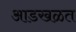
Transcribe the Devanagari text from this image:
आडखळत